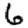
Digit: 6